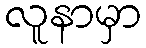
လူနာမှာ